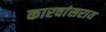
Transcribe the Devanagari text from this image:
कारवांसराय